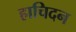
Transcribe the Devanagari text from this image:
हाचिदन